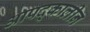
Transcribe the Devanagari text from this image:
आपद्कालीन